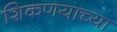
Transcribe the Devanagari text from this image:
शिकणयाच्या